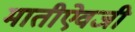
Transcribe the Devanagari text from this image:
मातीऐवजी